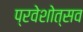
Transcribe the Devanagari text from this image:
प्रवेशोत्सव